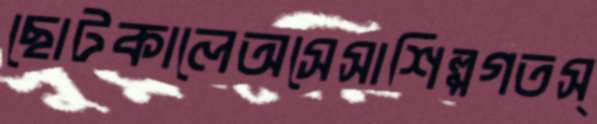
ছোটকালেঅসেসাশিল্পগতস্